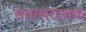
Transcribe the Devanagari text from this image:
संवत्सरात्मक